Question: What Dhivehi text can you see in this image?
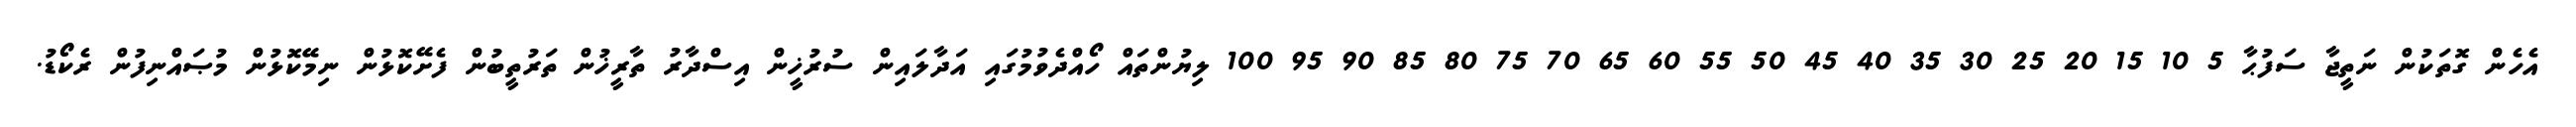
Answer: އެހެން ގޮތަކުން ނަތީޖާ ސަފުޙާ 5 10 15 20 25 30 35 40 45 50 55 60 65 70 75 80 85 90 95 100 ލިޔުންތައް ހޯއްދެވުމުގައި އަދާލައިން ސުރުޚީން އިސްދާރު ތާރީޚުން ތަރުތީބުން ފެށޭކޮޅުން ނިމޭކޮޅުން މުޞައްނިފުން ރެކޯޑު.